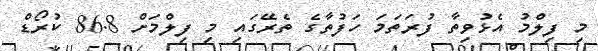
މި ފިލްމު އެޅުވިތާ ފުރަތަމަ ހަފުތާގެ ތެރޭގައި މި ފިލްމަށް 86.8 ކުރޯޑް